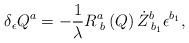
LaTeX: \begin{align*}\delta _\epsilon Q^a=-\frac 1\lambda R_{\;b}^a\left( Q\right)\dot Z_{\;b_1}^b\epsilon ^{b_1},\end{align*}